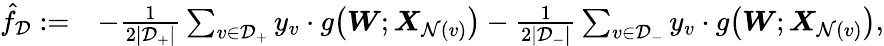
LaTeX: \begin{array}{rl}{\hat{f}_{\mathcal{D}}:=}&{-\frac{1}{2|\mathcal{D}_{+}|}\sum_{v\in\mathcal{D}_{+}}y_{v}\cdot g\big({\boldsymbol W};{\boldsymbol X}_{\mathcal{N}(v)}\big)-\frac{1}{2|\mathcal{D}_{-}|}\sum_{v\in\mathcal{D}_{-}}y_{v}\cdot g\big({\boldsymbol W};{\boldsymbol X}_{\mathcal{N}(v)}\big),}\end{array}